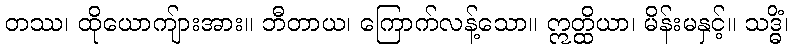
တဿ၊ ထိုယောကျ်ားအား။ ဘီတာယ၊ ကြောက်လန့်သော။ ဣတ္ထိယာ၊ မိန်းမနှင့်။ သဒ္ဓိံ၊